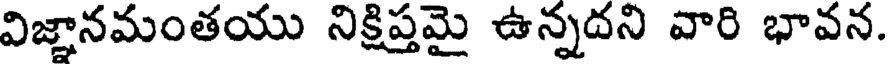
విజ్జానమంతయు నిక్షిప్తమై ఉన్నదని వారి భావన.